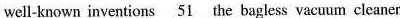
well-known inventions \underline{51} 1 the bagless vacuum cleaner